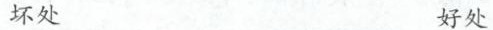
坏处 好处